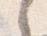
之